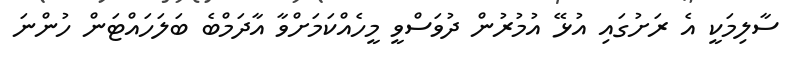
ސާލިމަކީ އެ ރަށުގައި އުޅޭ އުމުރުން ދުވަސްވީ މީހެއްކަމަށްވާ އާދަމްބެ ބަލަހައްޓަން ހުންނަ